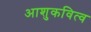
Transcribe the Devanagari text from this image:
आशुकवित्व